Civil Veterinary Department Bihar reports 1936-40 - 1936-1940
Year: 1936
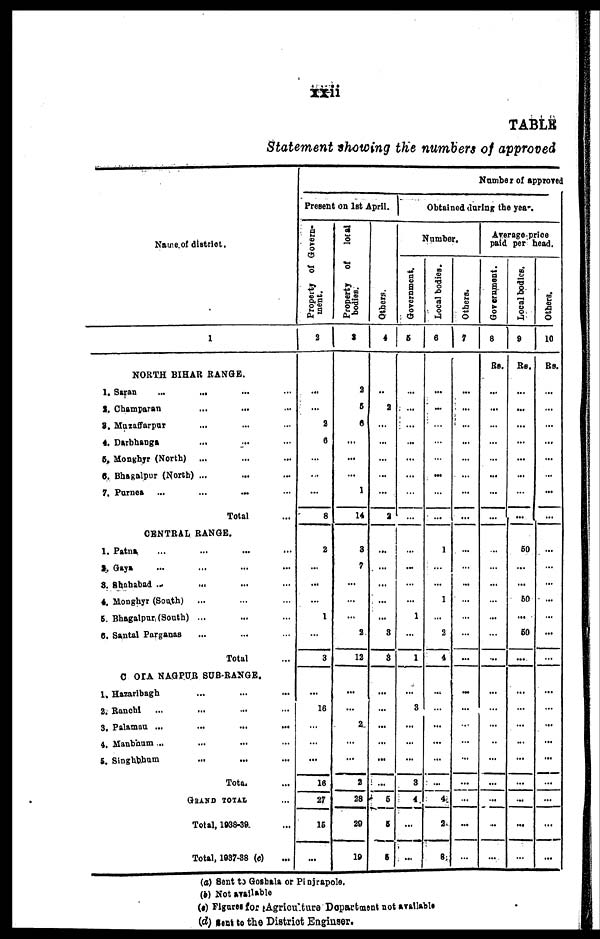
xxii
TABLE
Statement showing the numbers of approved
Name of district.
1
NORTH BIHAR RANGE.
1. Saran... ... ... ...
2. Champaran ... ... ...
2. Mazaffarpur ... ... ...
4. Darbhanga ... ... ...
5. Monghyr (North) ... ... ...
6. Bhagalpur (North) ... ... ... ...
7. Purnes ...
...
...
Total ...
CENTRAL RANGE.
1. Patna ... ... ... ...
2 Gaya ... ... ... ...
3. Shahabad ... ... ... ...
4. Moughyr (South) ... ... ... ...
5. Bhagalpur (South) ... ... ... ...
6. Santal Parganas ... ... ...
Total ...
C OIA NAGPUR SUB-RANGE.
1. Hazaribagh ... ... ... ...
2. Ranchi ... ... ... ...
3. Palaman ... ... ... ...
4. Manbhum ... ... ...
5. Singhbhum ... ... ...
Total ...
GRAND TOTAL ...
Total, 1938-39 ...
Total, 1937-38 (c) ...
Present on 1st April.
Property of Govern-
ment.
2
...
...
2
6
...
...
...
8
2
...
...
...
1
...
3
...
16
...
...
...
16
27
15
...
Property of
local
bodies.
3
2
5
6
...
...
...
1
14
3
7
...
...
...
2
12
...
...
2
...
...
2
28
29
19
Others.
4
..
2
...
...
...
...
...
2
...
...
...
...
...
3
3
...
...
...
...
...
...
5
5
5
Number of approved
Obtained daring the year.
Number.
Government.
5
...
...
...
...
...
...
...
...
...
...
...
...
1
...
1
...
3
...
...
...
3
4
...
...
Local bodies.
6
...
...
...
...
...
....
...
...
1
...
...
1
2
4
...
...
...
...
...
...
4
2
8
Others.
7
...
...
...
...
...
...
...
...
...
...
...
...
...
...
...
...
...
...
...
...
...
...
...
...
Average price
paid per head.
Government.
8
RS.
...
...
...
...
...
...
...
...
...
...
...
...
...
...
...
...
...
...
...
...
...
...
...
...
Local bodies.
9
RS.
...
...
...
...
...
...
...
...
50
...
...
50
...
50
...
...
...
...
...
...
...
...
...
...
Others.
10
Rs.
...
...
...
...
...
...
...
...
...
...
...
...
...
...
...
...
...
...
...
...
...
...
...
...
(a) Sent to Goshala or Pinjrapole.
(b) Not available
(c) Figures for Agriculture Department not available
(d) sent to the District Engiuser.